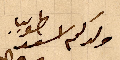
ولدكم اسعد طوبيا